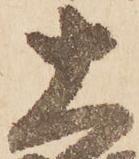
大